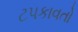
ટપકાવતો